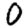
Digit: 0